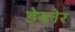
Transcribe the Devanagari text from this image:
डेब्लेर